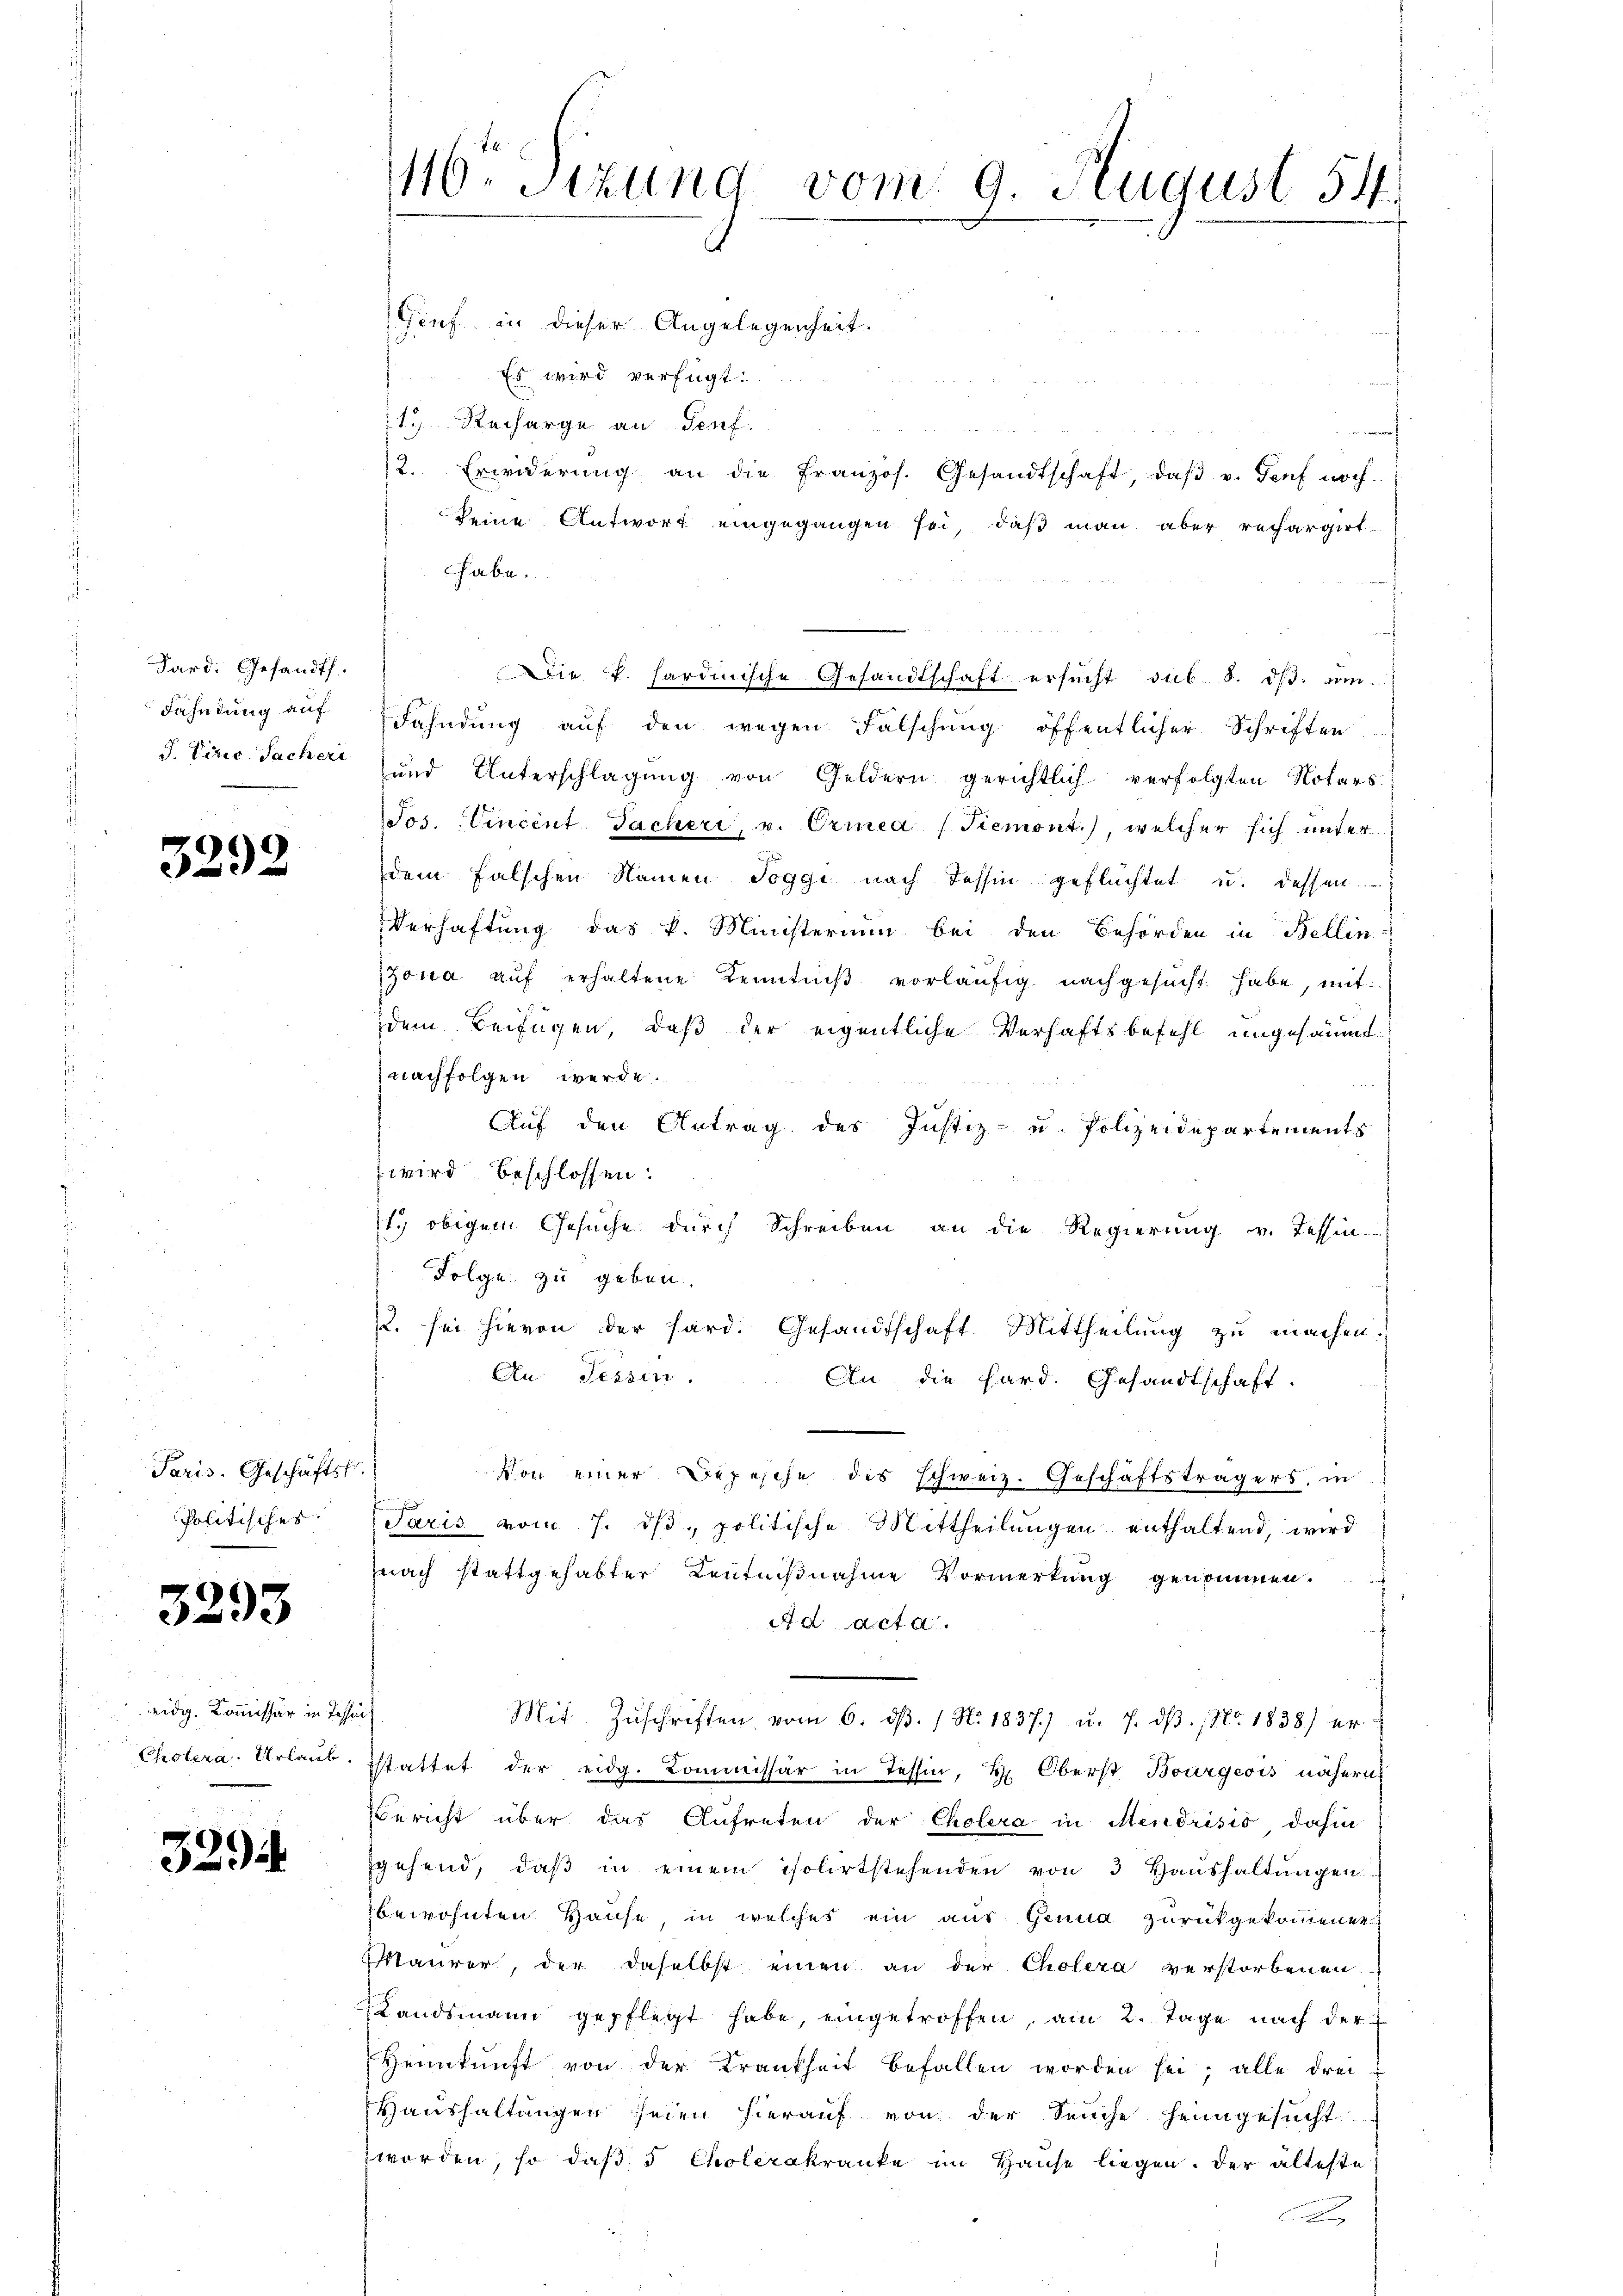
Sard. Gesandts.
Fahndung auf
J. Vizic. Sacheri

3292

Paris. Geschäftst
Politisches

3293

eidg. Kommissär in Te
Cholera. Urlaub.

3294

1116. Sitzung vom 9. August 154.

Genf in dieser Angelegenheit.
Es wird verfügt:
11. Recharge an Genf.
a
2. Erwiderŭng an die Französ. Gesandtschaft, daβ v. Genf noch
keine Antwort eingegangen sei, daß man aber rechargirt
hhabe.
Die v. Hardinische Gesandtschaft ersŭcht sub. 8. dβ zŭm
Fahndung auf den wegen Falschung öffentlicher Schriften
und Unterschlagung von Geldern gerichtlich verfolgten Notars.
Jos. Eincent. Facheri, u. Ermea (Tiemont.), welcher sich unter
dem falschen Namen Toggi nach dessin geflüchtet u. dessen
Verhaftung das k. Ministerium bei den Behörden in Bellin-
zona aŭf erhaltene Kenntniβ vorläŭfig nachgesucht habe, mit
dem Beifügen, daß der eigentliche Verhaftsbefehl ungesäumt.
nachfolgen werde.
Auf den Antrag des Justiz- u. Polizeidepartements
wird beschlossen:
1.) obigem Gesuche durch Schreiben an die Regierung v. Tessin
Folge zu geben.
2. sei hievon der hard. Gesandtschaft Mittheilung zu machen.
An: Tessin.
An die Hard. Gesandtschaft.
is
Von einer Depesche des Schweiz. Geschäftsträgers, in
Paris vom 7. ds, politische Mittheilungen enthaltend, wird
nach stattgehabter Kenntnißnahme Vormerkung genommen.
A d acta.
it
Mit Zŭschriften vom 6. dβ. / No. 1837) u. 7. dβ. (Nr. 1838) er
stattet der eidg. Kommissär in Tessin, Hr. Oberst Bourgeois nähern
Bericht über das Antreten der Cholera in Mendrisis dahin
sgehend, daβ in einem isolirtstehenden von 3 Hanshaltŭngen
bewohnten Hause in welches ein aus Genua zurückgekommener
Maurer, der daselbst einen an der Cholera verstorbenen
Landsmann gepflegt habe, eingetroffen, am 2. Tage nach der
Heikŭnft von der Krankheit befallen worden sei; alle drei
Haushaltungen seien hierauf von der Seuche heimgesucht
worden, so daß 3 Cholerakranke im Hause liegen. Der älteste
c